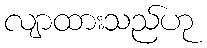
လျာထားသည်ဟု